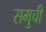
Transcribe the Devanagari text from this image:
समुची